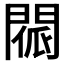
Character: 𨴳